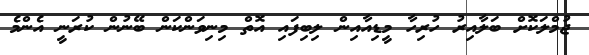
ޖުމްލަކޮށް ބަލާއިރު ހުރިހާ މީޑިއާއިން ލިބިފައި އޮތް މިނިވަންކަން ބޭނުން ކުރަނީ އެންމެ